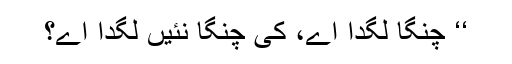
‘‘ چنگا لگدا اے، کی چنگا نئیں لگدا اے؟